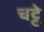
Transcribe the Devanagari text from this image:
चट्ठे